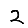
Digit: 2